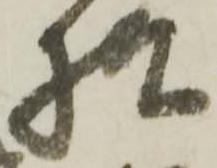
様